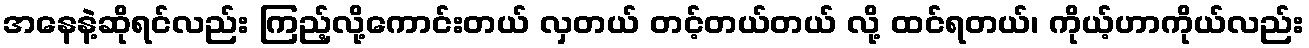
အနေနဲ့ဆိုရင်လည်း ကြည့်လို့ကောင်းတယ် လှတယ် တင့်တယ်တယ် လို့ ထင်ရတယ်၊ ကိုယ့်ဟာကိုယ်လည်း